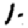
Digit: 1